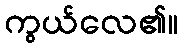
ကွယ်လေ၏။